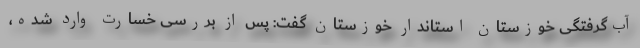
آب‌گرفتگی‌ خوزستان استاندار خوزستان گفت: پس از بررسی خسارت وارد شده،